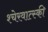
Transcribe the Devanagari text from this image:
श्चेरवात्स्की